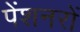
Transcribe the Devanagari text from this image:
पेंशनरों